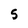
Character: 5